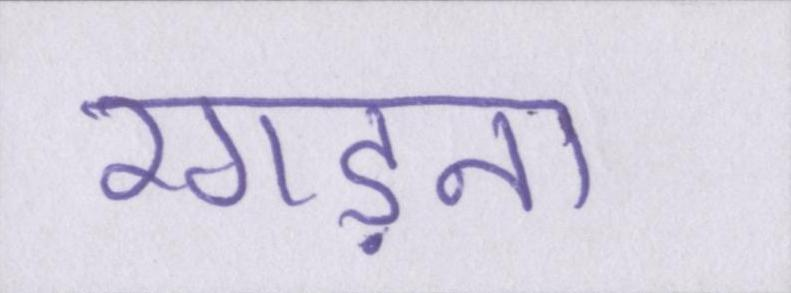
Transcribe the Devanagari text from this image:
रगड़ना